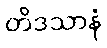
တိဒသာနံ